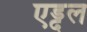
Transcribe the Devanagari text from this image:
एड्दल